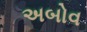
અબોવ